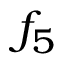
f _ { 5 }